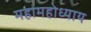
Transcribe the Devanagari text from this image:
महामहोध्याय